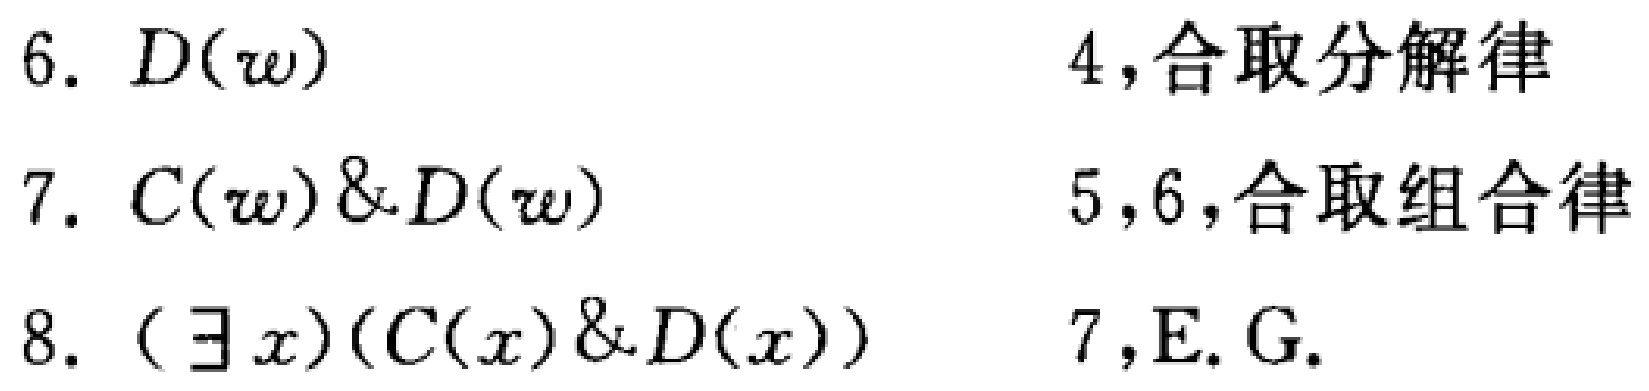
6. \(D(w)\) \quad 4,合取分解律
7. \(C(w)\&D(w)\) \quad 5,6,合取组合律
8. \((\exists x)(C(x)\&D(x))\) \quad 7,E.G.